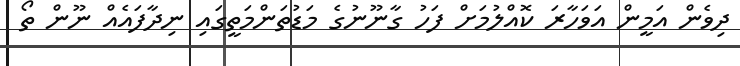
ދިވެން އަމީން އަވަހާރަ ކޮއްލުމަށް ފަހު ގާނޫނުގެ މަޑުތަންމަތީގައި ނިދާފައެއް ނޫން ތޯ